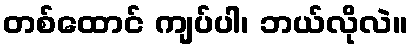
တစ်ထောင် ကျပ်ပါ၊ ဘယ်လိုလဲ။